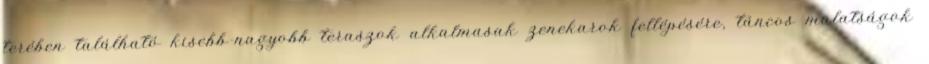
terében található kisebb-nagyobb teraszok alkalmasak zenekarok fellépésére, táncos mulatságok